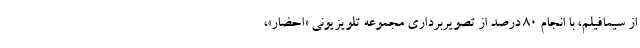
از سیمافیلم، با انجام ۸۰ درصد از تصویربرداری مجموعه تلویزیونی «احضار»،